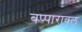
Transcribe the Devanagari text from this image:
बप्पारावल